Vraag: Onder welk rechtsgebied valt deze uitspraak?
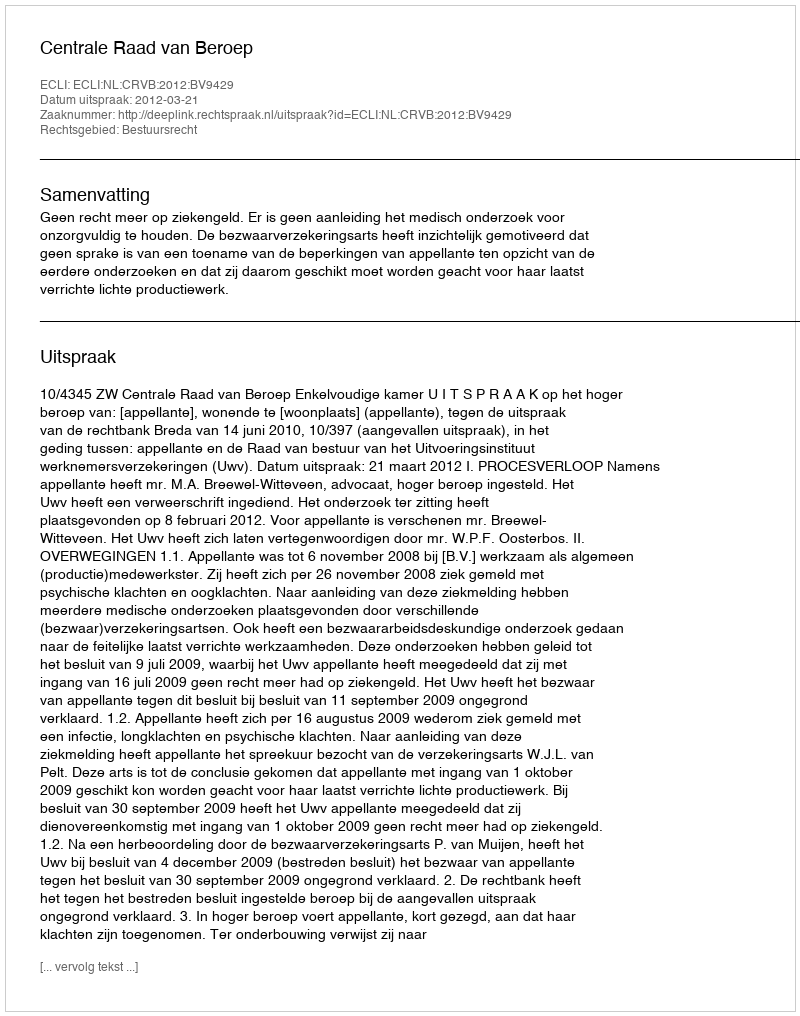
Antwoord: Bestuursrecht